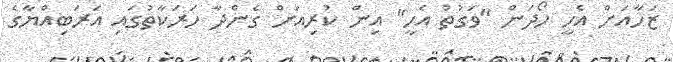
ޒަހާއަށް އެހީ ހޯދަން "ވަގުތު އެހީ" އިން ކުރިއަށް ގެންދާ ހަރަކާތުގައި އަރަބިއްޔާގެ